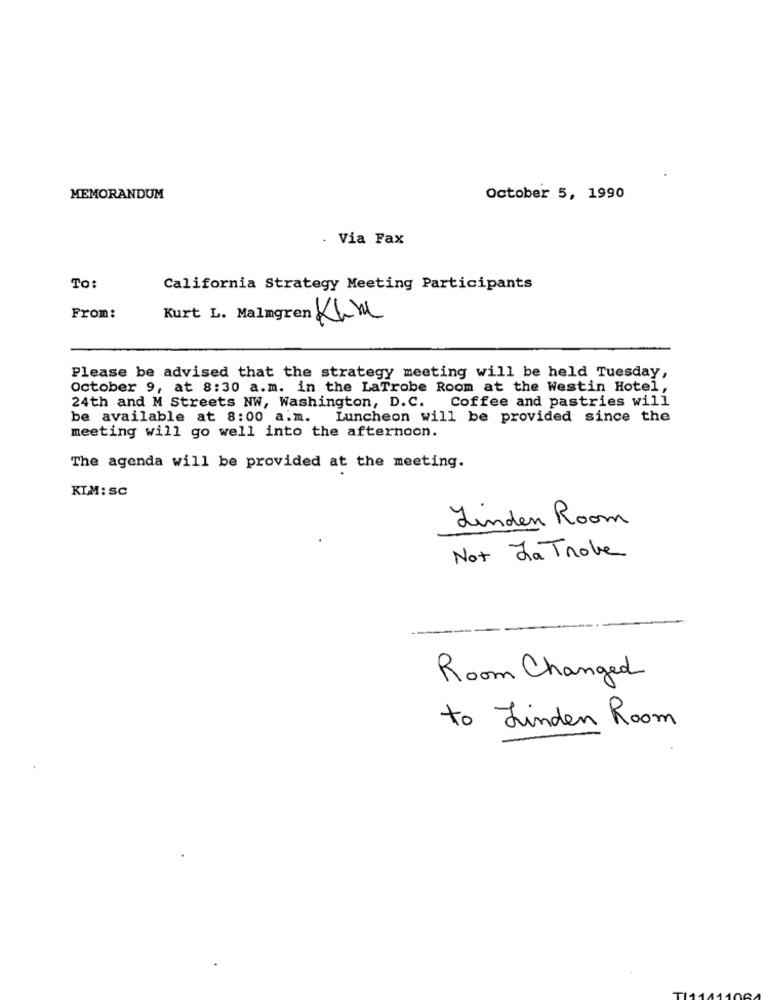
MEMORANDUM
October 5, 1990
. Via Fax
To:
California Strategy Meeting Participants
From:
Kurt L. Malmgren Line
Please be advised that the strategy meeting will be held Tuesday,
October 9, at 8:30 a.m. in the LaTrobe Room at the Westin Hotel,
24th and M Streets NW, Washington, D.C. Coffee and pastries will
be available at 8:00 a.m. Luncheon will be provided since the
meeting will go well into the afternoon.
The agenda will be provided at the meeting.
KIM: SC
Linden Room
Not Ja Trole
Room Changed
to Linden Room